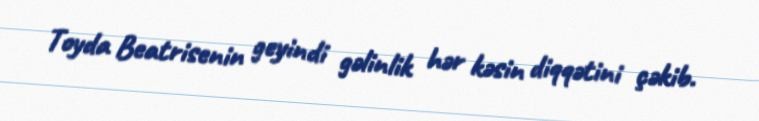
Toyda Beatrisenin geyindi gəlinlik hər kəsin diqqətini çəkib.